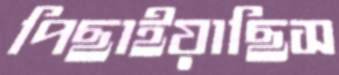
পিছাইয়াছিস